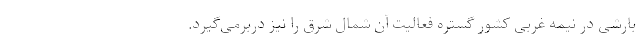
بارشی در نیمه غربی کشور گستره فعالیت آن شمال شرق را نیز دربرمی‌گیرد.